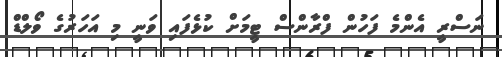
ނަސްރީ އެންމެ ފަހުން ފްރާންސް ޓީމަށް ކުޅެފައި ވަނީ މި އަހަރުގެ ވޯލްޑް